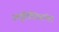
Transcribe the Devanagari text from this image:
स्मृतिचित्रांचा